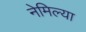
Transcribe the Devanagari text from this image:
नेमिल्या